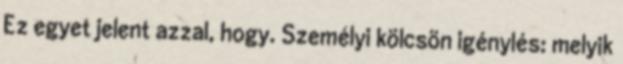
Ez egyet jelent azzal, hogy. Személyi kölcsön igénylés: melyik